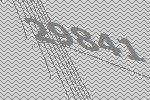
29841